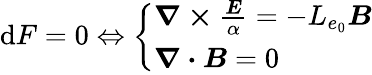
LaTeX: \mathrm{d}F=0\Leftrightarrow\left\{ \begin{array}{ll}{\boldsymbol{\nabla\times{}}\frac{\boldsymbol{E}}{\alpha}=-L_{e_{0}}\boldsymbol{B}}\\ {\boldsymbol{\nabla\cdot B}=0}\end{array}\right.